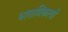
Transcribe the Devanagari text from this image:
धारानिकायों